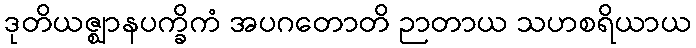
ဒုတိယဇ္ဈာနပက္ခိကံ အပဂတောတိ ဉာတာယ သဟစရိယာယ